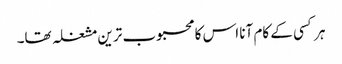
ہر کسی کے کام آنا اس کا محبوب ترین مشغلہ تھا۔